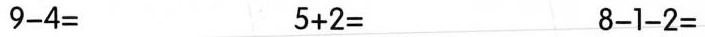
$$9 - 4 =$$ $$5 + 2 =$$ $$8 - 1 - 2 =$$